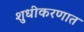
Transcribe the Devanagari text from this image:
शुधीकरणात